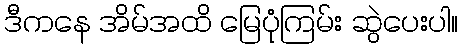
ဒီကနေ အိမ်အထိ မြေပုံကြမ်း ဆွဲပေးပါ။